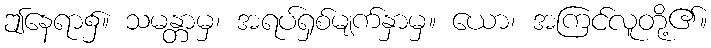
ဤနေရာ၌။ သမန္တာမှ၊ အရပ်ရှစ်မျက်နှာမှ။ ယော၊ အကြင်လူတို့၏။